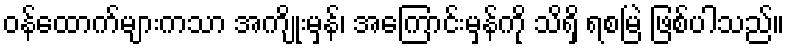
ဝန်ထောက်များကသာ အကျိုးမှန်၊ အကြောင်းမှန်ကို သိရှိ ရစမြဲ ဖြစ်ပါသည်။